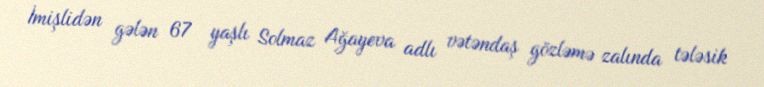
İmişlidən gələn 67 yaşlı Solmaz Ağayeva adlı vətəndaş gözləmə zalında tələsik